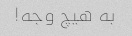
به هیچ وجه!